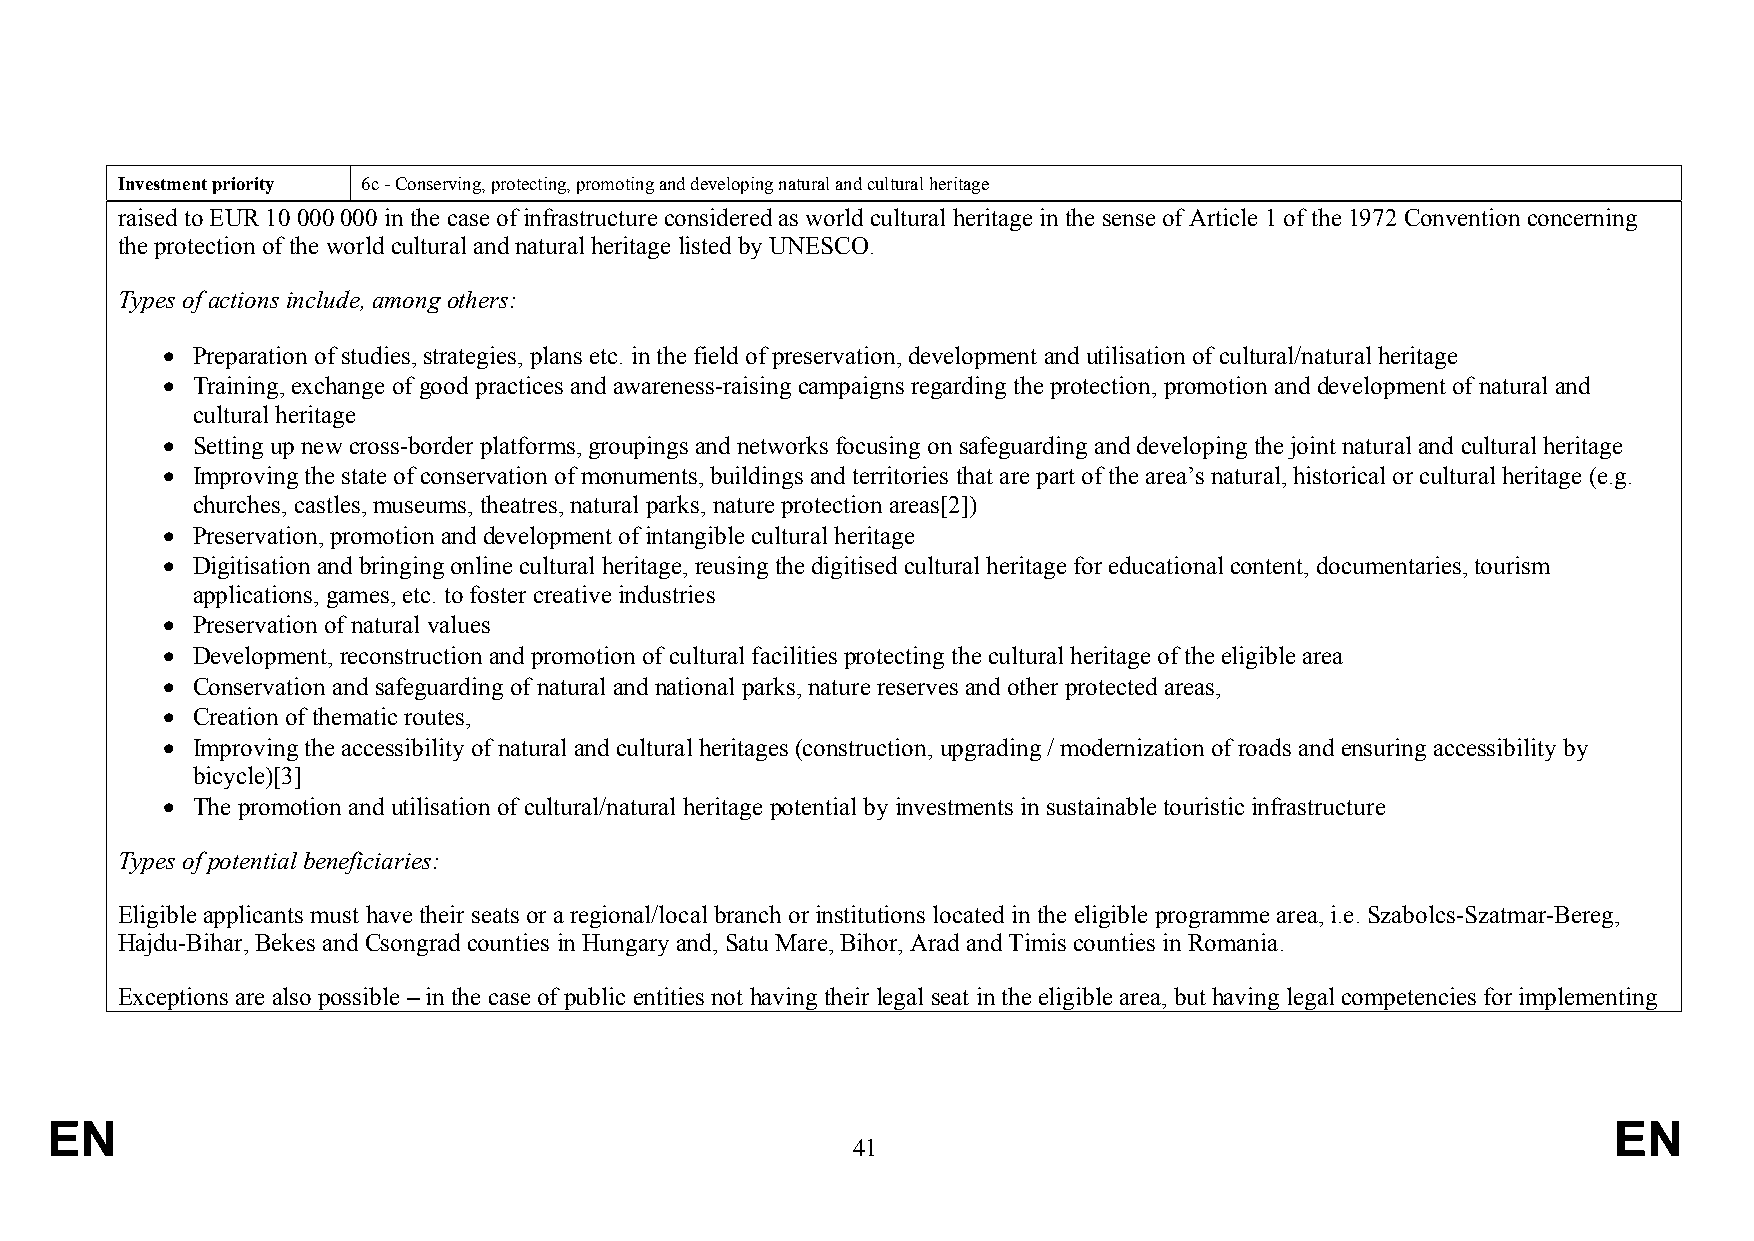
Investment priority 6c - Conserving, protecting, promoting and developing natural and cultural heritage
 raised to EUR 10 000 000 in the case of infrastructure considered as world cultural heritage in the sense of Article 1 of the 1972 Convention concerning
 the protection of the world cultural and natural heritage listed by UNESCO.
 Types of actions include, among others:
  Preparation of studies, strategies, plans etc. in the field of preservation, development and utilisation of cultural/natural heritage
  Training, exchange of good practices and awareness-raising campaigns regarding the protection, promotion and development of natural and
 cultural heritage
  Setting up new cross-border platforms, groupings and networks focusing on safeguarding and developing the joint natural and cultural heritage
  Improving the state of conservation of monuments, buildings and territories that are part of the area’s natural, historical or cultural heritage (e.g.
 churches, castles, museums, theatres, natural parks, nature protection areas[2])
  Preservation, promotion and development of intangible cultural heritage
  Digitisation and bringing online cultural heritage, reusing the digitised cultural heritage for educational content, documentaries, tourism
 applications, games, etc. to foster creative industries
  Preservation of natural values
  Development, reconstruction and promotion of cultural facilities protecting the cultural heritage of the eligible area
  Conservation and safeguarding of natural and national parks, nature reserves and other protected areas,
  Creation of thematic routes,
  Improving the accessibility of natural and cultural heritages (construction, upgrading / modernization of roads and ensuring accessibility by
 bicycle)[3]
  The promotion and utilisation of cultural/natural heritage potential by investments in sustainable touristic infrastructure
 Types of potential beneficiaries:
 Eligible applicants must have their seats or a regional/local branch or institutions located in the eligible programme area, i.e. Szabolcs-Szatmar-Bereg,
 Hajdu-Bihar, Bekes and Csongrad counties in Hungary and, Satu Mare, Bihor, Arad and Timis counties in Romania.
 Exceptions are also possible – in the case of public entities not having their legal seat in the eligible area, but having legal competencies for implementing
 EN                                                                                                      EN
 41